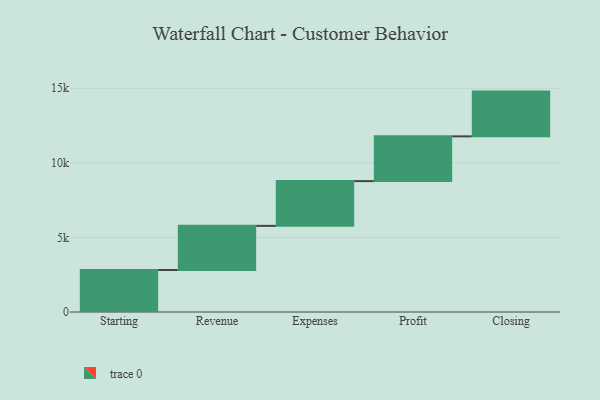
{"axis": {"x": "Step", "y": "Value"}, "legend": [""], "data": [{"x": "Starting", "y": 2816.0, "type": ""}, {"x": "Revenue", "y": 2958.0, "type": ""}, {"x": "Expenses", "y": 3000, "type": ""}, {"x": "Profit", "y": 3000, "type": ""}, {"x": "Closing", "y": 3000, "type": ""}]}